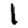
Digit: 1